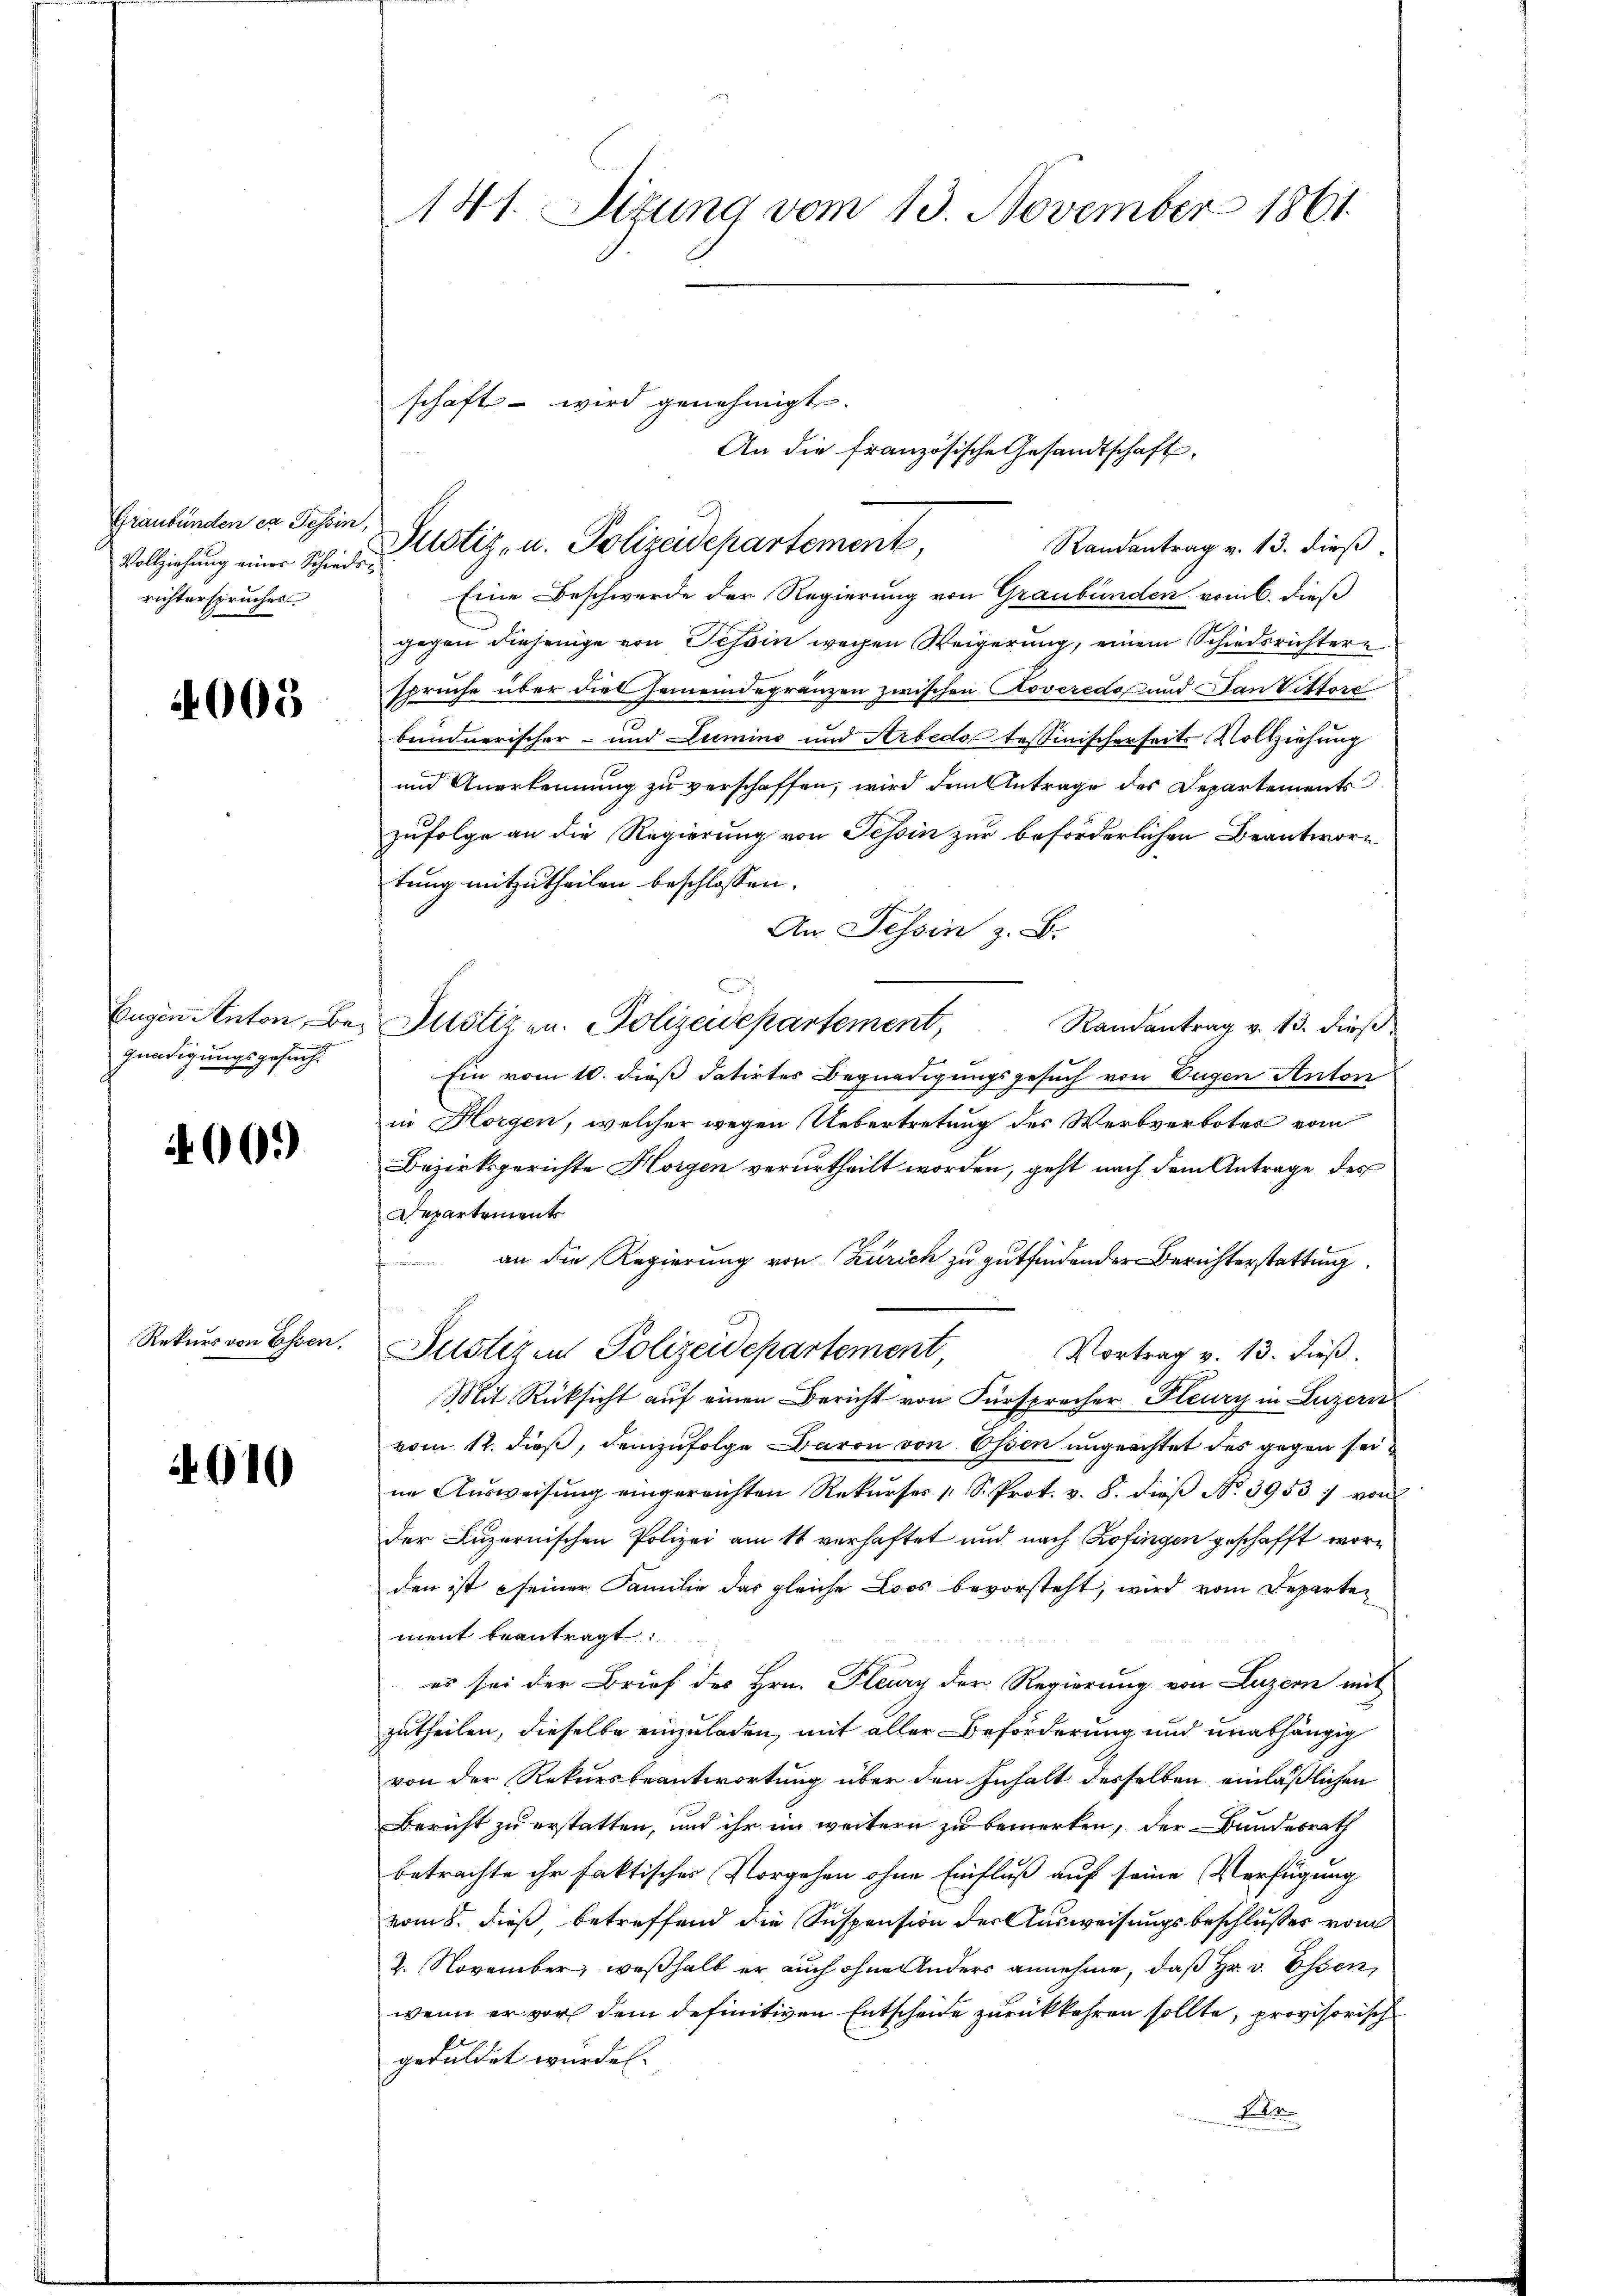
Graubünden ca Tessin,
richterspruches

4005

Eugen Anton, Begnadigungsgesucht

60.)

Rekurs von Essen,

010

141. Situng vom 13. November 1861.

Eine Beschwerde der Regierung von Graubünden vom 6. dieß
gegen diejenige von Tessin wegen Weigerung, einem Schiedsrichterspruche über dies Gemeindegränzen zwischen Roveredo und Dan Vittore
bündnerischer- und Lumins und Arbedo tessinischerseits Vollziehung
und Anerkennung zu verschaffen, wird dem Antrage des Departements
zufolge an die Regierung von Tessin zur beförderlichen Beantwortung mitzutheilen beschlossen.
An Tessin z. B.
b
Justizen. Polizeidepartement,
Ramantrag v. 13. dieß
Ein vom 10. dieß datirtes Begnadigungsgesuch von Eugen Anton
in Horgen, welcher wegen Uebertretung des Werbverbotes vom
Bezirksgerichte Horgen verurtheilt worden, geht nach dem Antrage des
Departements
 an die Regierung von Zürich zu gutfindender Berichterstattung
Justizen Polizeidepartement,
Vortrag v. 13. dieß.
Mit Rücksicht auf einen Bericht von Fürsprecher Heury in Luzern
vom 12. dieß, demzufolge Daron von Ossen ungeachtet des gegen seine Ausweisung eingereichten Rekurses 1 S. Prot. v. 8. dieß No. 3953 : von
der Luzernischen Polizei am 11 verhaftet und nach Zofingen geschafft worden ist seiner Familie das gleiche Loos bevorsteht, wird vom Departement beantragt:
es sei der Brief des Hrn. Flury der Regierung von Luzern mit
zutheilen, dieselbe einzuladen, mit aller Beförderung und unabhängig
von der Rekursbeantwortung über den Inhalt desselben einläßlichen
Bericht zu erstatten, und ihr im weitern zu bemerken, der Bundesrath
betrachte ihr faktisches Vorgehen ohne Einfluß auf seine Verfügung
vom 8. dieß betreffend die Suspension der Ausweisungsbeschlusses vom
2. November, weßhalb er auch ohne Anders annehme, daß Hr. v. Essen,
wenn er vor dem definitiven Entscheide zurückkehren sollte, provisorisch
geduldet wurden. |
F

schaft - wird genehmigt.

Vollziehung einer Schinde Ustiz- u. Polizeidepartement,

Randantrag v. 13. dieß.

An die französische Gesandtschaft